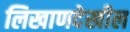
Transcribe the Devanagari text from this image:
लिखाणदेखील